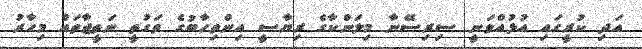
އަދި ކުރީގައި އުޅުއްވަނީ ސިރިސޭނާ މިލަންކާގެ ރިޔާސީ އިންތިހާބުގެ ވަގުތީ ނަތީޖާތައް މިހާރު